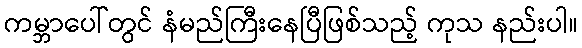
ကမ္ဘာပေါ်တွင် နံမည်ကြီးနေပြီဖြစ်သည့် ကုသ နည်းပါ။